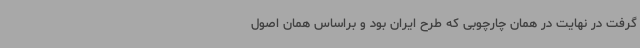
گرفت در نهایت در همان چارچوبی که طرح ایران بود و براساس همان اصول